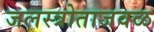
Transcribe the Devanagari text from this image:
जलस्त्रोताजवळ